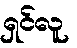
ရှင်လူ